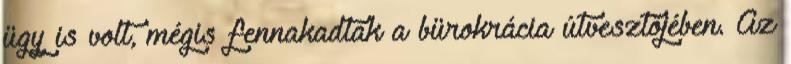
ügy is volt, mégis fennakadtak a bürokrácia útvesztőjében. Az